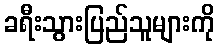
ခရီးသွားပြည်သူများကို